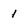
Character: 1